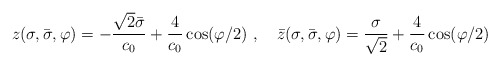
\begin{align*}z(\sigma,\bar{\sigma},\varphi)=-\frac{\sqrt{2}\bar{\sigma}}{c_0}+\frac{4}{c_0}\cos(\varphi/2)\,\,,\quad\bar{z}(\sigma,\bar{\sigma},\varphi)=\frac{\sigma}{\sqrt{2}}+\frac{4}{c_0}\cos(\varphi/2)\end{align*}